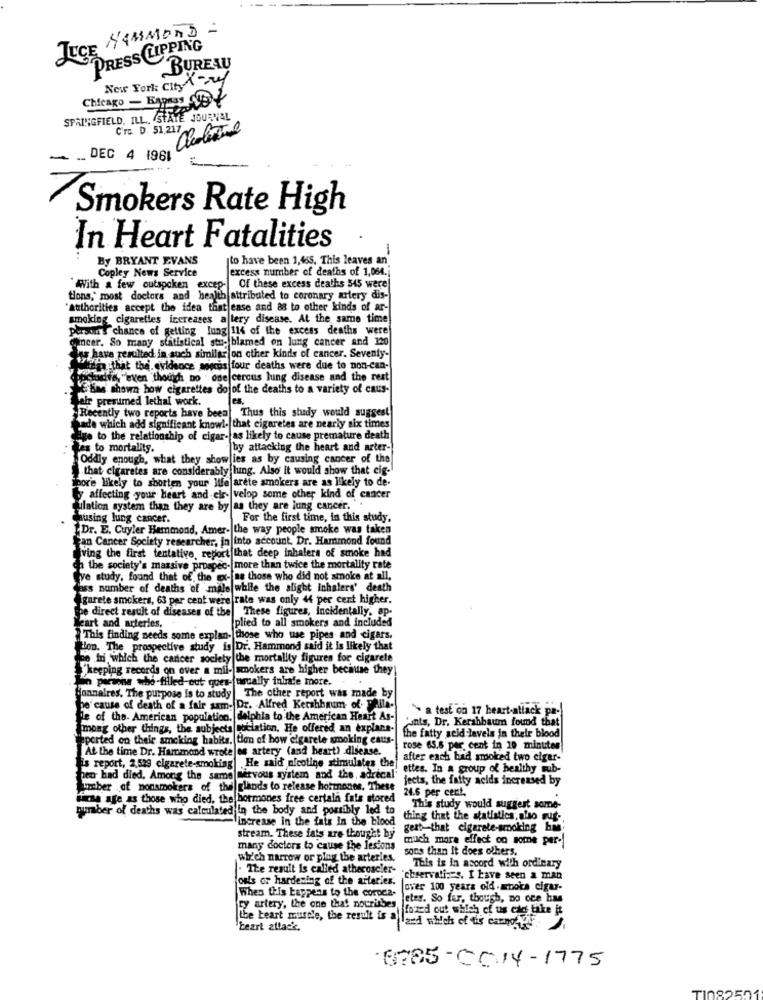
JICE HAMMOND :
PRESS LIPPING
BUREAU
New York City Are
Chicago - EypasTL
SPRINGFIELD, ILL. STATE JOURNAL
Cre D. 51,217
Cholerae
DEC 4 1961
Smokers Rate High
In Heart Fatalities
1
By BRYANT EVANS
[to have been 1,465, This leaves an
excess number of deaths of 1,064 .;
Copley News Service
WWith a few outspoken excep-
Of these excess deaths 545 were!
tions, most doctors and health attributed to coronary artery dis-
"Authorities accept the idea that case and as to other kinds of ar-
smoking cigarettes increases a tery disease. At the same time
person'S chance of getting lung Il4 of the excess deaths were
concer. So many statistical stu- blamed on lung cancer and 120
's have resulted in such similar on other kinds of cancer. Seventy-
wsop that the, evidence seems four deaths were due to non-can-
tuacive, "even though no one cercus lung disease and the rest
E'has shown how cigarettes dojof the deaths to a variety of caus-
their presumed lethal work.
Recently two reports have been| Thus this study would suggest
hade which add significant knowl- that cigaretes are nearly six times
lige to the relationship of cigar- as likely to cause premature death
tes to mortality.
by attacking the heart and arter-
Oddly enough, what they show les as by causing cancer of the
that cigaretes are considerably lung. Also' it would show that cig-
Thor'e likely to shorten your life arete amokers are as likely to de-
affecting your heart and elr- velop some other kind of cancer
tilation system than they are by as they are lung cancer."
causing lung cancer.
For the first time, in this study.
"Dr. E. Cuyler Hammond, Amer- the way people smoke was taken
Fan Cancer Society researcher, in into account. Dr. Hammond found
ving the first tentative, report that deep inhalers of smoke had
ch the society's massive prospec- more than twice the mortality rate
fve study, found that of the ex-fas those who did not smoke at all,
dass number of deaths of male while the slight inhalers' death
Igarete smokers, 63 per cent were rate was only 44 per cent higher.
The direct result of diseases of the These figures, incidentally, ap-
plied to all smokers and included
Heart and arteries,
"This finding needs some explan- those who use pipes and cigars.
Won. The prospective study is Dr. Hammond said it is likely that
de In which the cancer society the mortality figuren for cigarete
"keeping records on over a mil- smokers are higher because they
Lin partone who-filled out ques- usually inhale more.
Sonnaires. The purpose is to study
The other report was made by
he' cause of death of a fair sam- Dr. Alfred Kershhaum of. Thila-
a test on 17 heart-allack pa-
fle of the- American population. delphia to the American Heart As-
'unts, Dr. Kerahbaum found that
Among other things, the subjects cociation. He offered an explana-
the fatty acid levels in their blood
ported on their amcking habits. tion of bow cigarete smoking eaus-
At the time Dr. Hammond wrotejos artery (and heart) disease.
rose 63.6 per cent in 10 minuten!
Fis report, 2.529 cigarete-smoking| He said nicotine stimulates the
after each bad smoked two cigar-
ettes. In a group of healthy sub-
hen had died. Among the same nervous system and the, adrecal'
jects, the fatty acids increased by
Lacher of nonsmokers of the glands to release hormones, These
24.6 per cent.
sica age as those who died, the hormones free certain fats stored
.
number of deaths was calculated in the body and possibly led to
"This study would suggest some-
- increase in the fats in the blood
thing that the statistics, also Fug-
geat-that cigarate-smoking bis
stream. These fats are thought by
much more effect on some per-
many doctors to cause the lesions
sons than it does others.
which narrow or plug the arteries.
This is in accord with ordinary
. The result Is called atheroscler-
ouls or hardening of the arteries.
chservatizzs. I have seen a man
When this happens to the coroca-
over 100 years old .atoka cigar-
Jeter. So fer, though, no oce has
sy artery, the one that nourishes
iffozed out which of us cid take it
the heart muscle, the result is all
Jazd which of ie carnotof
`Leart attack,
6785-00:14-1775
TI082501